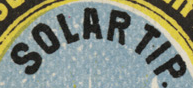
SOLAR TIP.